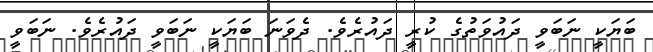
ބަޔަކީ ނަބަވީ ދައުވަތުގެ ކުރީ ދައުރެވެ. ދެވަނަ ބަޔަކީ ނަބަވީ ދައުރެވެ. ނަބަވީ